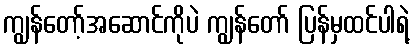
ကျွန်တော့်အဆောင်ကိုပဲ ကျွန်တော် ပြန်မှထင်ပါရဲ့